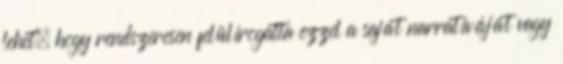
lehet, hogy rendszeresen felülírogatta ezzel a saját narratíváját vagy